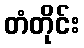
တံတိုင်း